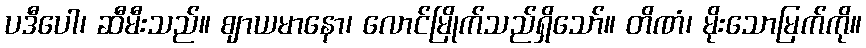
ပဒီပေါ၊ ဆီမီးသည်။ ဈာယမာနော၊ လောင်မြိုက်သည်ရှိသော်။ တိဏံ၊ မိုးသောမြက်ကို။